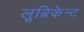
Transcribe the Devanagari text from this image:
लूब्रिकेन्ट